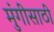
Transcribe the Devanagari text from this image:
मुंगीसाठी